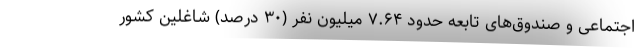
اجتماعی و صندوق‌های تابعه حدود ۷.۶۴ میلیون نفر (۳۰ درصد) شاغلین کشور